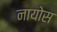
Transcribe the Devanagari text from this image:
नायोस